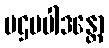
ပဌမပါဒန္တော